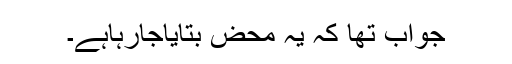
جواب تھا کہ یہ محض بتایاجارہاہے۔